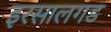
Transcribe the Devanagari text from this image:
इरसालगड